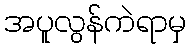
အပူလွန်ကဲရာမှ